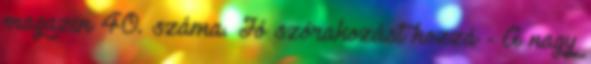
magazin 40. száma. Jó szórakozást hozzá - A nagy